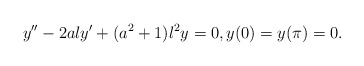
\begin{align*} y'' - 2 a \l y' + (a^2 + 1) \l^2 y = 0, y(0) = y(\pi) = 0.\end{align*}